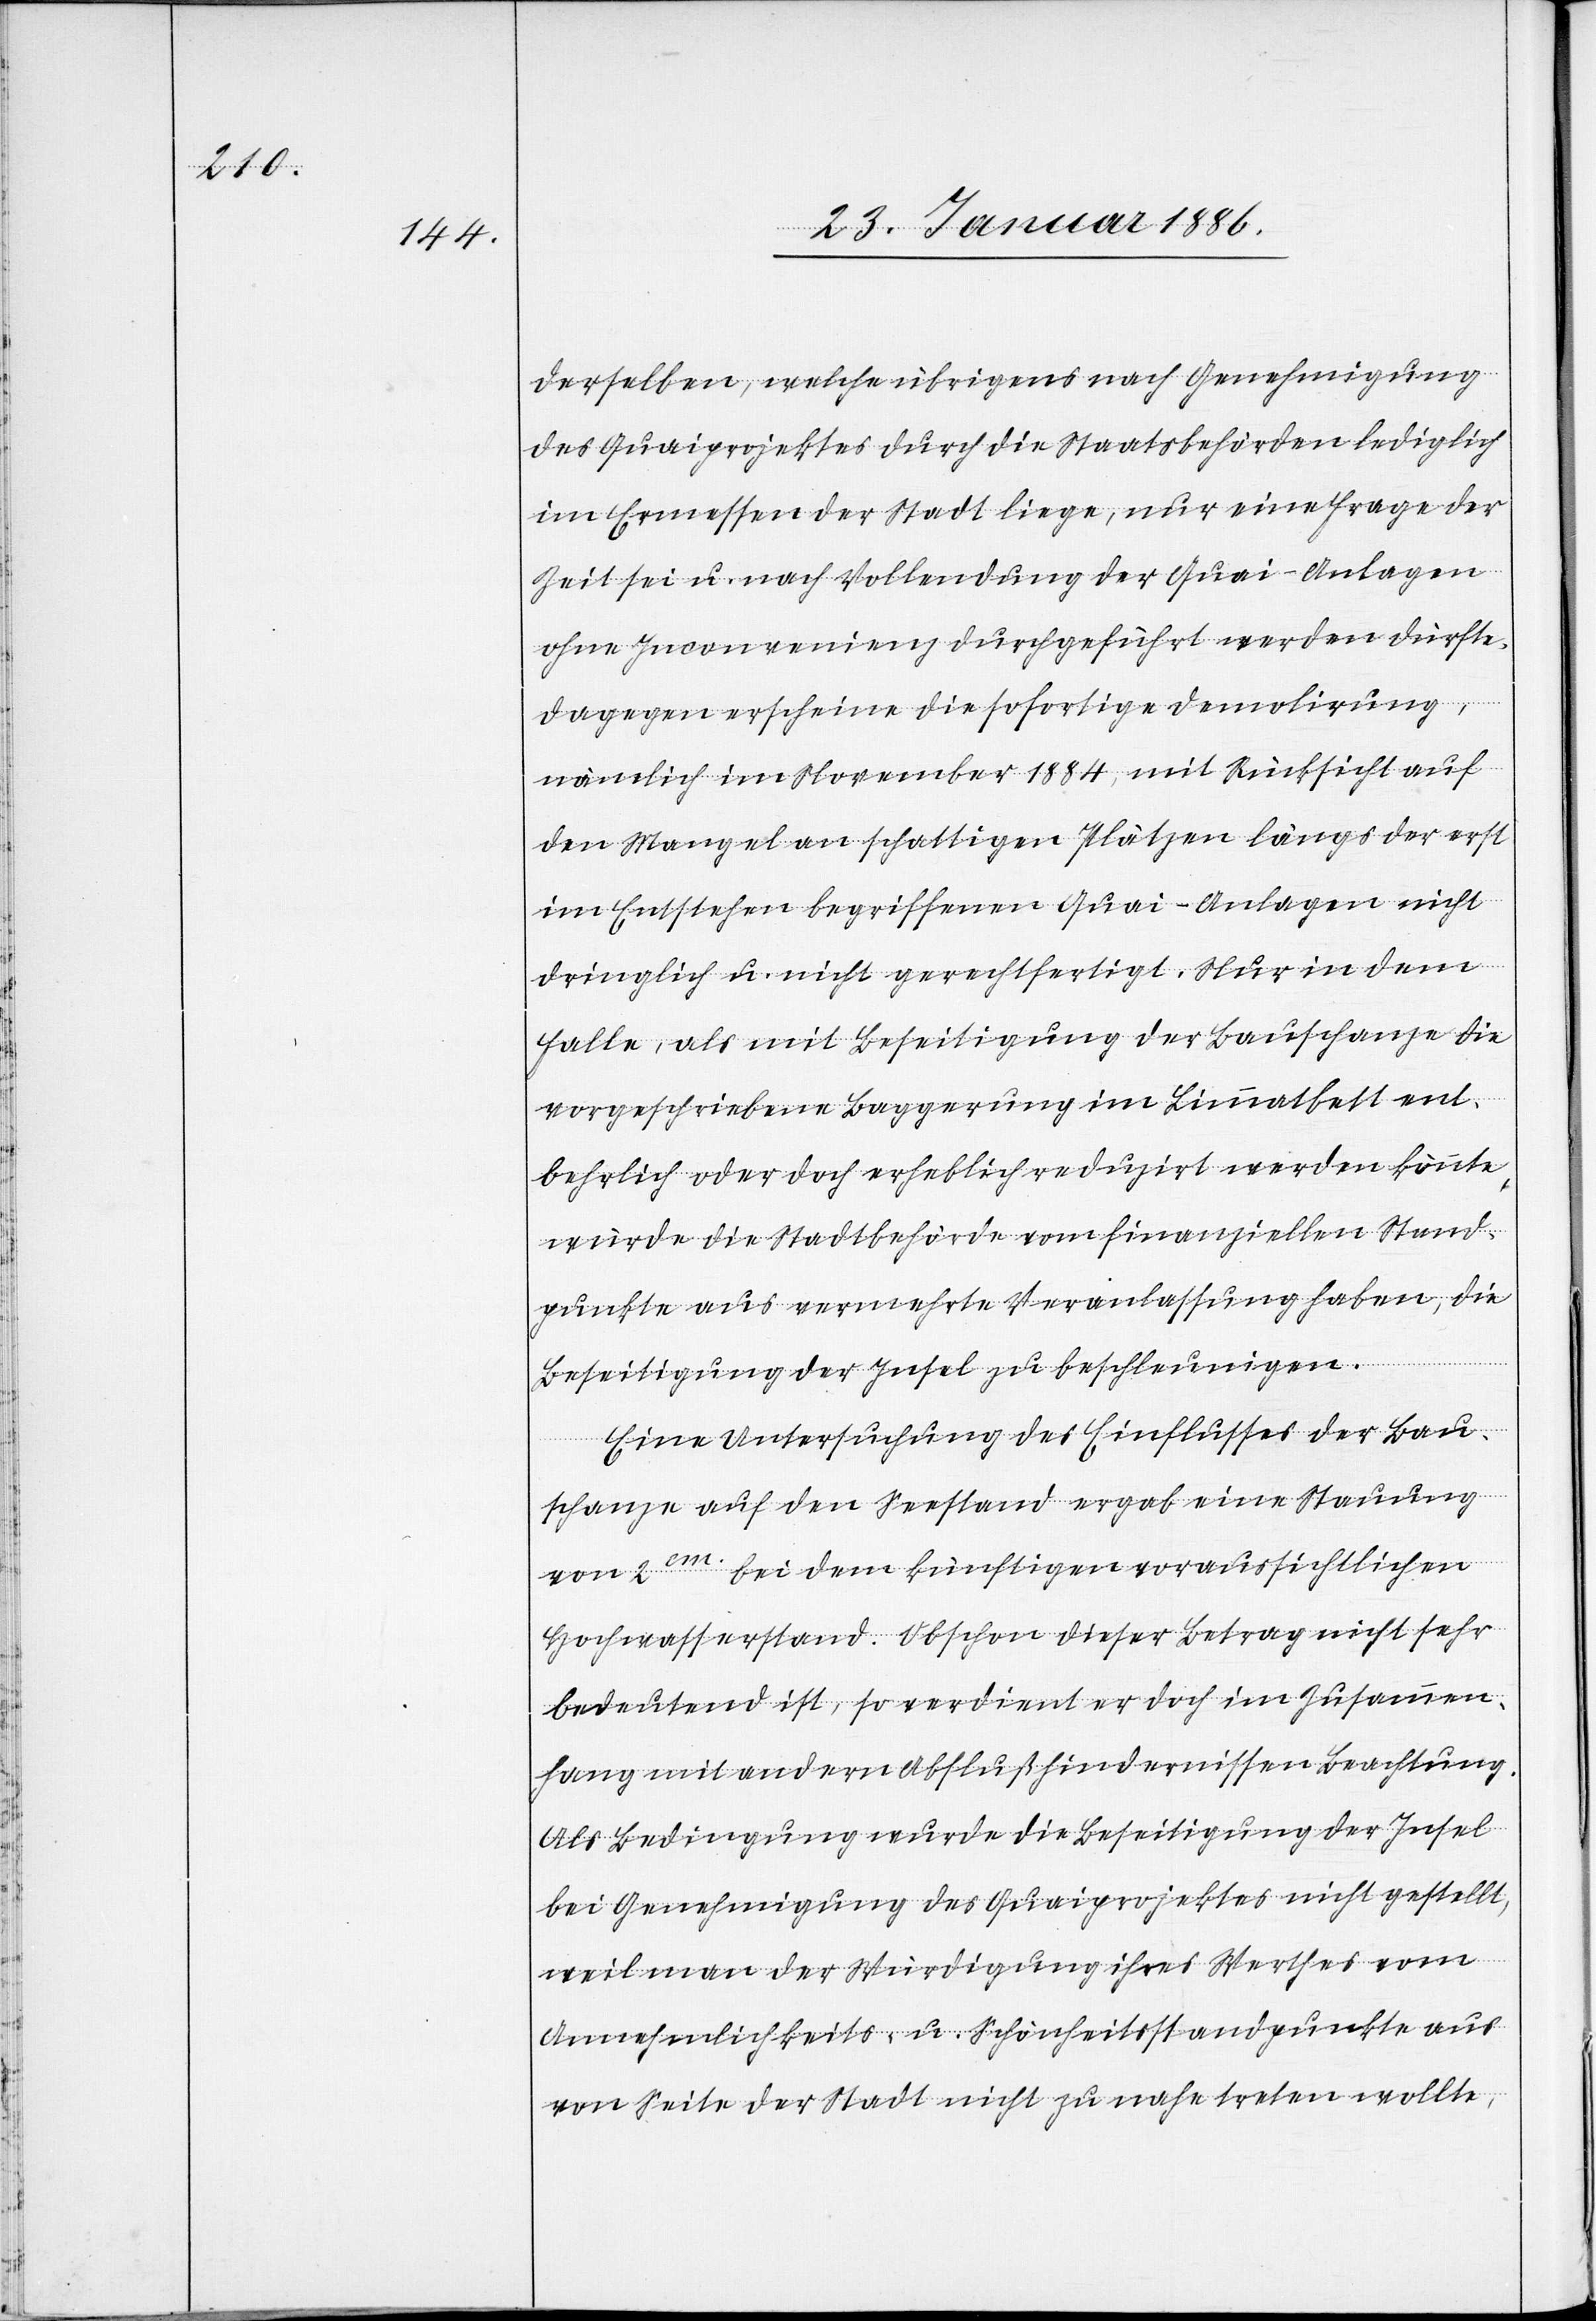
derselben, welche übrigens nach Genehmigung
des Quaiprojektes durch die Staatsbehörde lediglich
im Ermessen der Stadt liege, nur eine Frage der
Zeit sei u. nach Vollendung der Quai-Anlagen
ohne Inconvenienz durchgeführt werden dürfte.
Dagegen erscheine die sofortige Demolierung,
nämlich im November 1884, mit Rücksicht auf
den Mangel an schattigen Plätzen längs der erst
im Entstehen begriffenen Quai-Anlagen nicht
dringlich u. nicht gerechtfertigt. Nur in dem
Falle, als mit Beseitigung der Bauschanze die
vorgeschriebene Baggerung im Limmatbett ent¬
behrlich oder doch erheblich reduzirt werden könnte,
würde die Stadtbehörde vom finanziellen Stand¬
punkte aus vermehrte Veranlassung haben, die
Beseitigung der Insel zu beschleunigen.
Eine Untersuchung des Einflusses der Bau¬
schanze auf den Seestand ergab eine Stauung
von 2cm bei dem künftigen voraussichtlichen
Hochwasserstand. Obschon dieser Betrag nicht sehr
bedeutend ist, so verdient er doch im Zusammen¬
hang mit andern Abflußhindernissen Beachtung.
Als Bedingung wurde die Beseitigung der Insel
bei Genehmigung des Quaiprojektes nicht gestellt,
weil man der Würdigung ihres Werthes aus
von Seite der Stadt nicht zu nahe treten wollte,